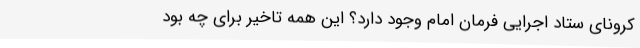
کرونای ستاد اجرایی فرمان امام وجود دارد؟ این همه تاخیر برای چه بود